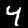
Label: 4